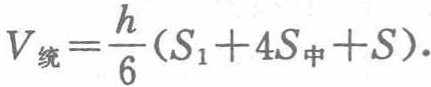
\[V_{统}=\frac{h}{6}(S_{1} + 4S_{中}+S).\]